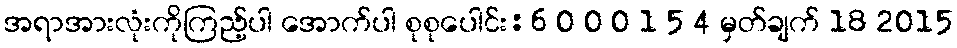
အရာအားလုံးကိုကြည့်ပါ အောက်ပါ စုစုပေါင်း:6 0 0 0 1 5 4 မှတ်ချက် 18 2015